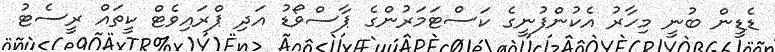
ޑެޑީން ބުނީ މިހާރު އެކުންފުނީގެ ކަސްޓަމަރުންގެ ޕާސްވޯޑު އަދި ޕްރައިވެޓް ކީތައް ރީސެޓު